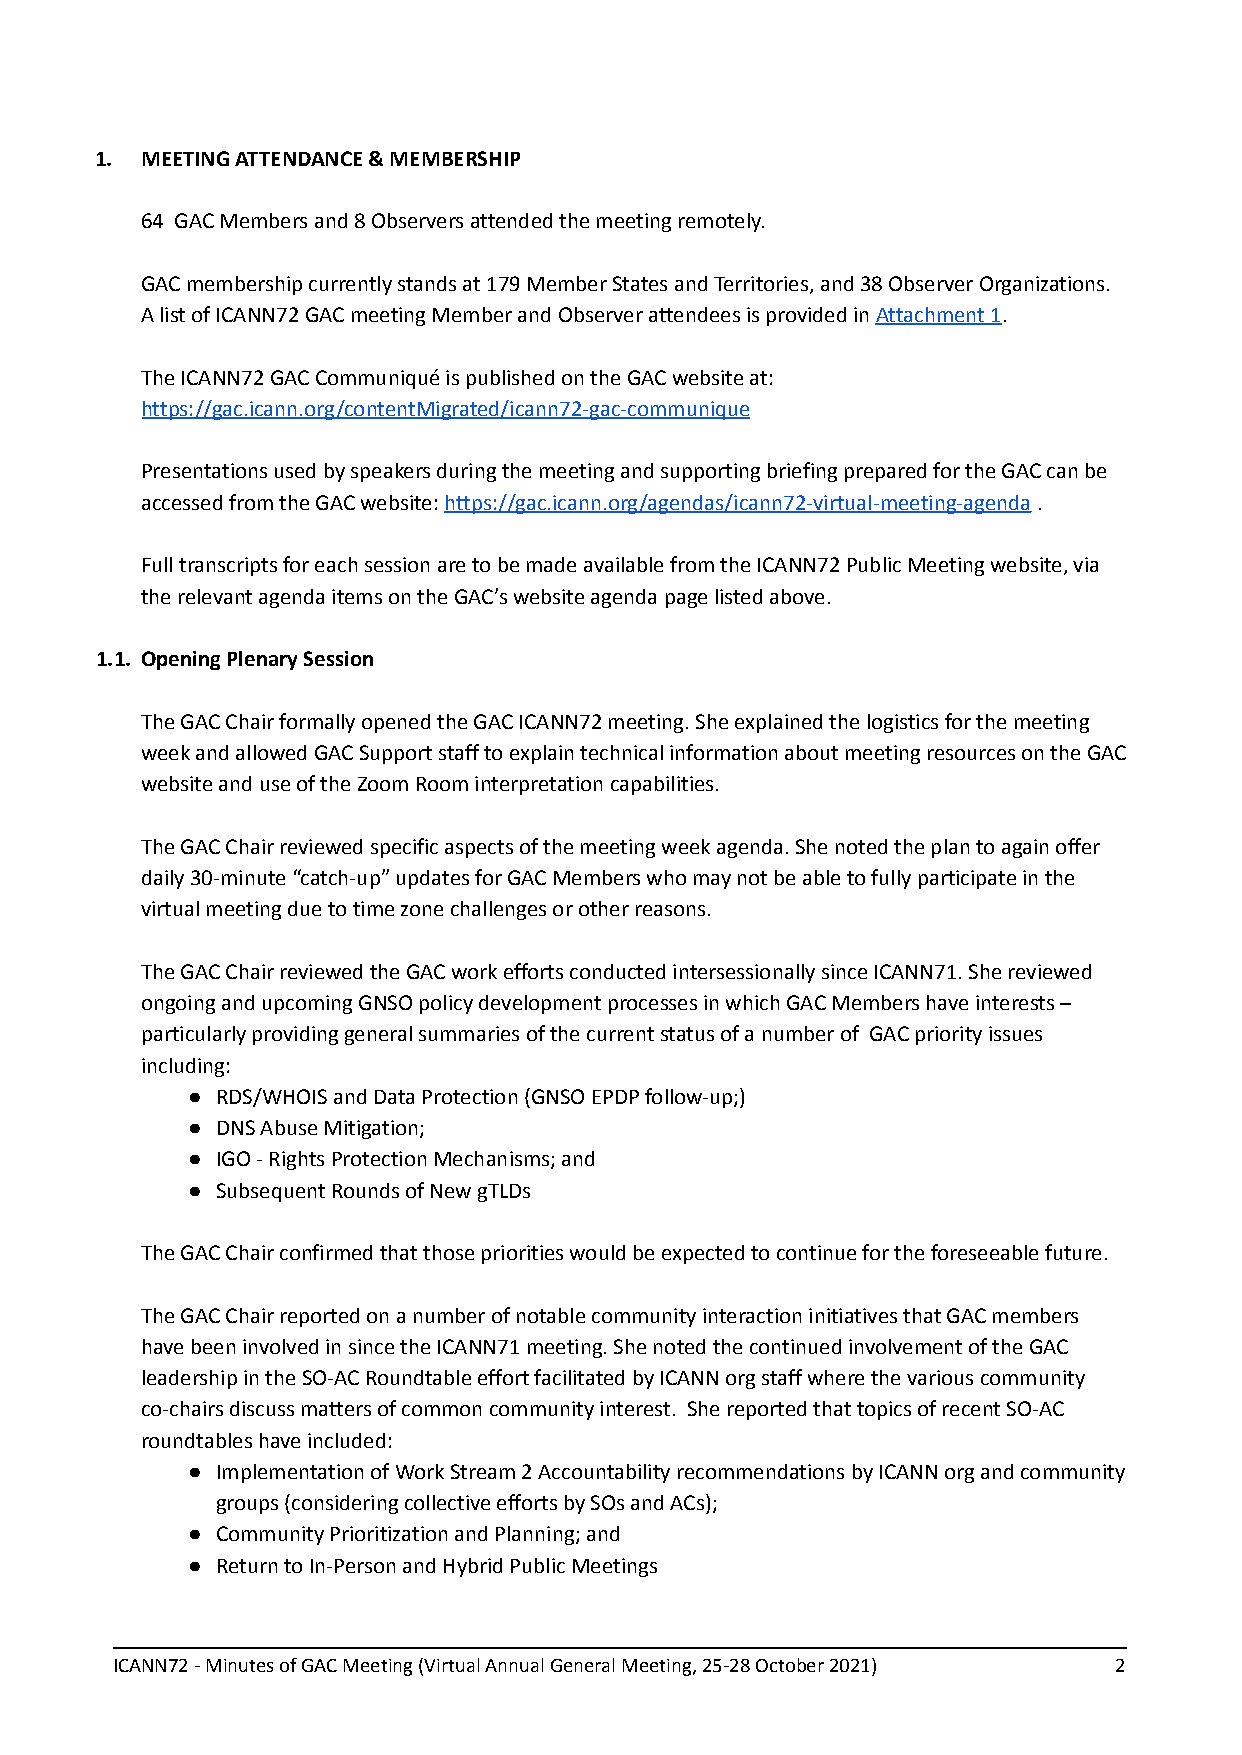
1. MEETING ATTENDANCE & MEMBERSHIP
 64 GAC Members and 8 Observers attended the meeting remotely.
 GAC membership currently stands at 179 Member States and Territories, and 38 Observer Organizations.
 A list of ICANN72 GAC meeting Member and Observer attendees is provided inAttachment 1.
 The ICANN72 GAC Communiqué is published on the GAC website at:
 https://gac.icann.org/contentMigrated/icann72-gac-communique
 Presentations used by speakers during the meeting and supporting briefing prepared for the GAC can be
 accessed from the GAC website:https://gac.icann.org/agendas/icann72-virtual-meeting-agenda.
 Full transcripts for each session are to be made available from the ICANN72 Public Meeting website, via
 the relevant agenda items on the GAC’s website agenda page listed above.
 1.1. Opening Plenary Session
 The GAC Chair formally opened the GAC ICANN72 meeting. She explained the logistics for the meeting
 week and allowed GAC Support staff to explain technical information about meeting resources on the GAC
 website and use of the Zoom Room interpretation capabilities.
 The GAC Chair reviewed specific aspects of the meeting week agenda. She noted the plan to again offer
 daily 30-minute “catch-up” updates for GAC Members who may not be able to fully participate in the
 virtual meeting due to time zone challenges or other reasons.
 The GAC Chair reviewed the GAC work efforts conducted intersessionally since ICANN71. She reviewed
 ongoing and upcoming GNSO policy development processes in which GAC Members have interests –
 particularly providing general summaries of the current status of a number of GAC priority issues
 including:
 ● RDS/WHOIS and Data Protection (GNSO EPDP follow-up;)
 ● DNS Abuse Mitigation;
 ● IGO - Rights Protection Mechanisms; and
 ● Subsequent Rounds of New gTLDs
 The GAC Chair confirmed that those priorities would be expected to continue for the foreseeable future.
 The GAC Chair reported on a number of notable community interaction initiatives that GAC members
 have been involved in since the ICANN71 meeting. She noted the continued involvement of the GAC
 leadership in the SO-AC Roundtable effort facilitated by ICANN org staff where the various community
 co-chairs discuss matters of common community interest. She reported that topics of recent SO-AC
 roundtables have included:
 ● Implementation of Work Stream 2 Accountability recommendations by ICANN org and community
 groups (considering collective efforts by SOs and ACs);
 ● Community Prioritization and Planning; and
 ● Return to In-Person and Hybrid Public Meetings
 ICANN72 - Minutes of GAC Meeting (Virtual Annual General Meeting, 25-28 October 2021) 2